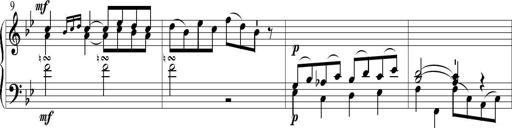
Title: 6 Leichte Sonatinen, Teil 1
Composer: F. Sigismund Sander